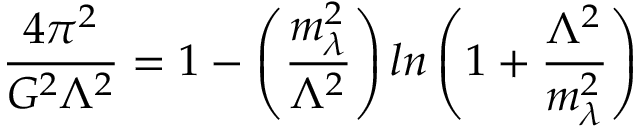
\frac { 4 \pi ^ { 2 } } { G ^ { 2 } \Lambda ^ { 2 } } = 1 - \left( \frac { m _ { \lambda } ^ { 2 } } { \Lambda ^ { 2 } } \right) l n \left( 1 + \frac { \Lambda ^ { 2 } } { m _ { \lambda } ^ { 2 } } \right)